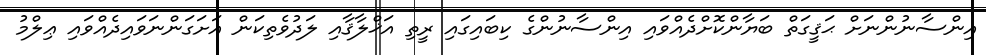
އިންސާނުންނަށް ޙަޤީގަތް ބަޔާންކޮށްދެއްވައި އިންސާނުންގެ ކިބައިގައި ރީތި އަޚްލާޤާއި ލަދުވެތިކަން އަށަގަންނަވައިދެއްވައި ޢިލްމު